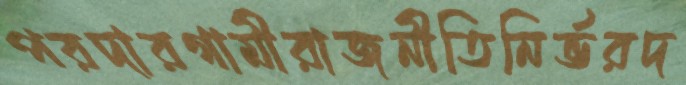
পরদারগামীরাজনীতিনির্ভরদ